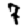
Digit: 7